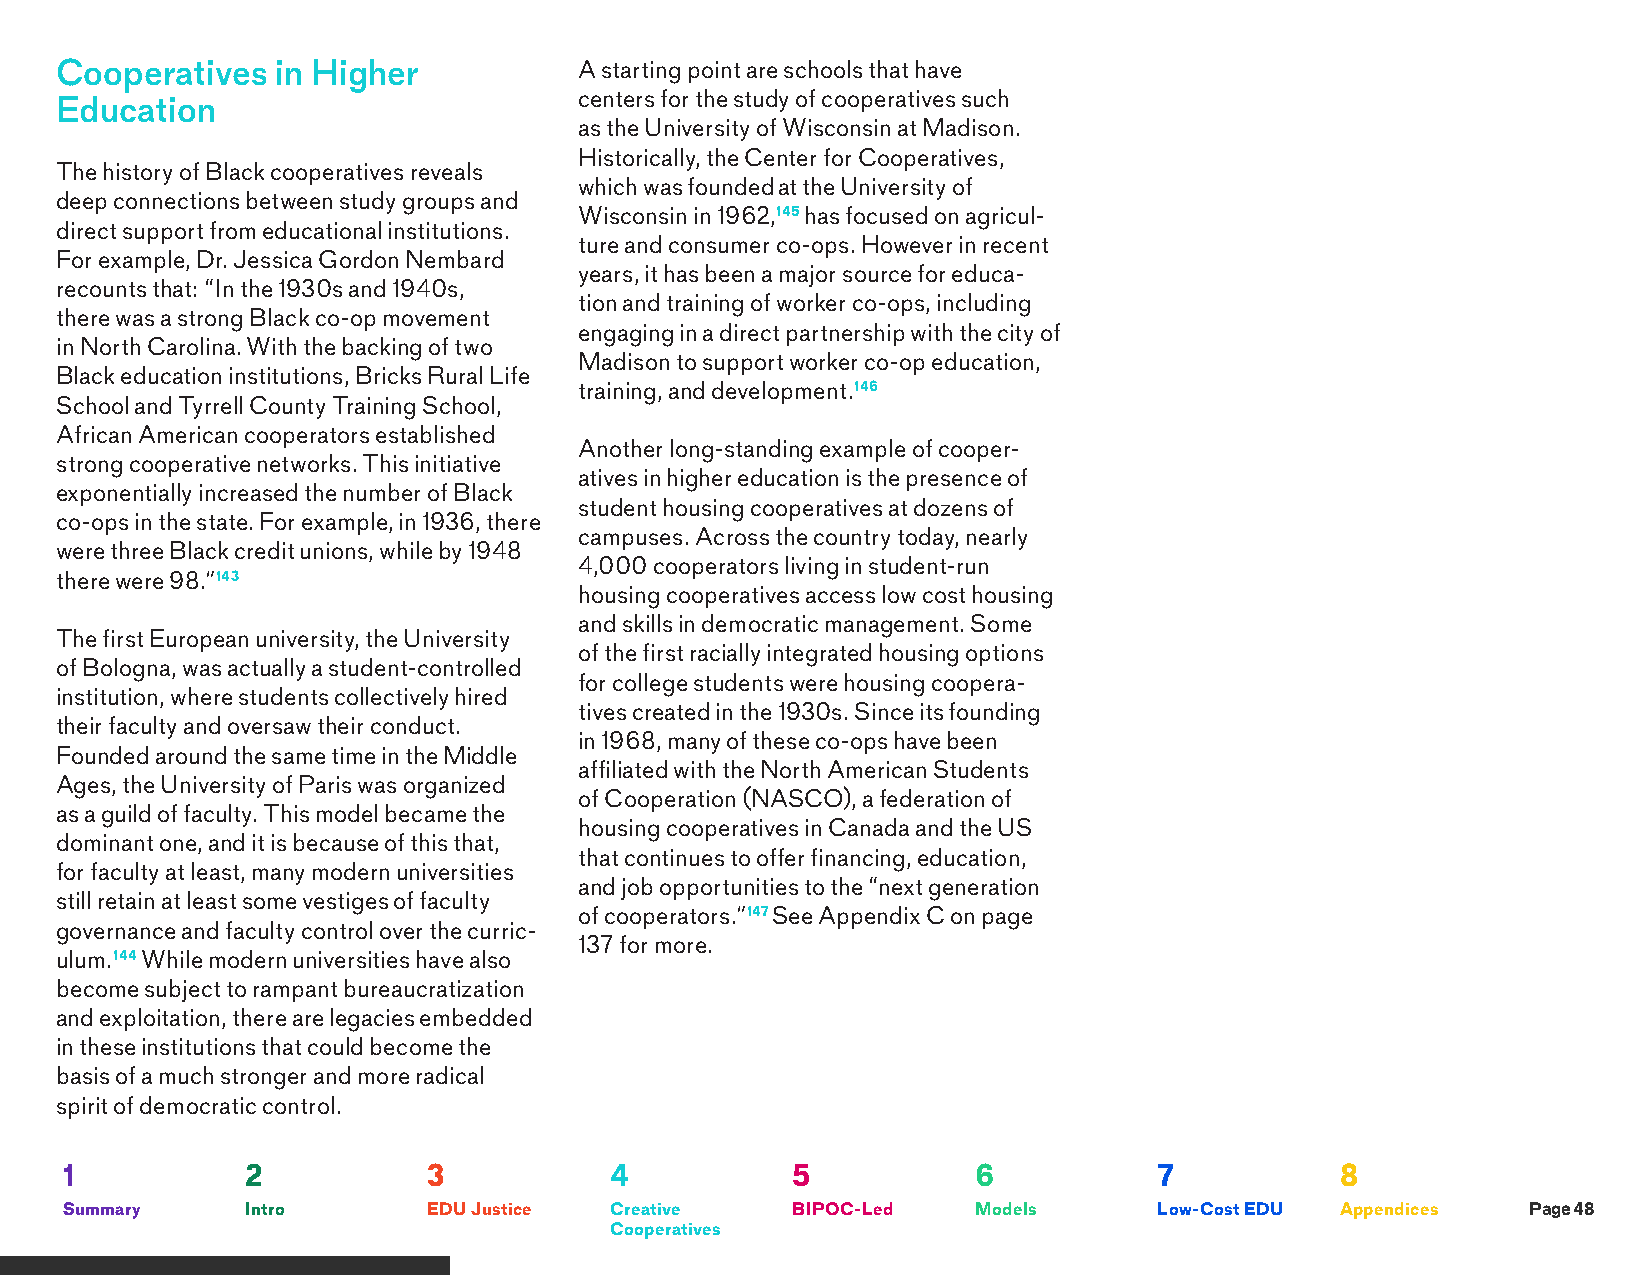
Cooperatives  in Higher           A starting point are schools that have
 centers for the study of cooperatives such
 Education
 as the University of Wisconsin at Madison.
 Historically, the Center for Cooperatives,
 The history of Black cooperatives reveals
 which was founded at the University of
 deep connections between study groups and
 Wisconsin in 1962,145 has focused on agricul-
 direct support from educational institutions.
 ture and consumer co-ops. However in recent
 For example, Dr. Jessica Gordon Nembard
 years, it has been a major source for educa-
 recounts that: “In the 1930s and 1940s,
 tion and training of worker co-ops, including
 there was a strong Black co-op movement
 engaging in a direct partnership with the city of
 in North Carolina. With the backing of two
 Madison to support worker co-op education,
 Black education institutions, Bricks Rural Life
 training, and development.146
 School and Tyrrell County Training School,
 African American cooperators established
 Another long-standing example of cooper-
 strong cooperative networks. This initiative
 atives in higher education is the presence of
 exponentially increased the number of Black
 student housing cooperatives at dozens of
 co-ops in the state. For example, in 1936, there
 campuses. Across the country today, nearly
 were three Black credit unions, while by 1948
 4,000 cooperators living in student-run
 there were 98.”143
 housing cooperatives access low cost housing
 and skills in democratic management. Some
 The first European university, the University
 of the first racially integrated housing options
 of Bologna, was actually a student-controlled
 for college students were housing coopera-
 institution, where students collectively hired
 tives created in the 1930s. Since its founding
 their faculty and oversaw their conduct.
 in 1968, many of these co-ops have been
 Founded around the same time in the Middle
 affiliated with the North American Students
 Ages, the University of Paris was organized
 of Cooperation (NASCO), a federation of
 as a guild of faculty. This model became the
 housing cooperatives in Canada and the US
 dominant one, and it is because of this that,
 that continues to offer financing, education,
 for faculty at least, many modern universities
 and job opportunities to the “next generation
 still retain at least some vestiges of faculty
 of cooperators.”147 See Appendix C on page
 governance and faculty control over the curric-
 137 for more.
 ulum.144 While modern universities have also
 become subject to rampant bureaucratization
 and exploitation, there are legacies embedded
 in these institutions that could become the
 basis of a much stronger and more radical
 spirit of democratic control.
 1           2           3           4           5            6           7           8
 Summary     Intro       EDU Justice Creative    BIPOC-Led    Models      Low-Cost EDU Appendices Page 48
 Cooperatives